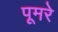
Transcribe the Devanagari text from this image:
पूमरे